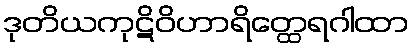
ဒုတိယကုဋိဝိဟာရိတ္ထေရဂါထာ